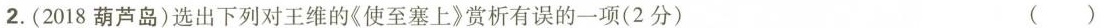
2.(2018葫芦岛)选出下列对王维的《使至塞上》赏析有误的一项(2分) ()